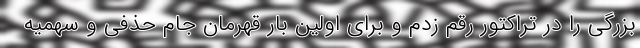
بزرگی را در تراکتور رقم زدم و برای اولین بار قهرمان جام حذفی و سهمیه